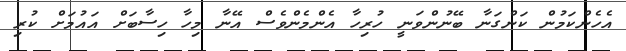
އެހެންކަމުން ކަންގަނާ ބޭނުންވަނީ ހުރިހާ އެންމެންވެސް އޭނާ މިހާ ހިސާބަށް އައުމަށް ކުރި